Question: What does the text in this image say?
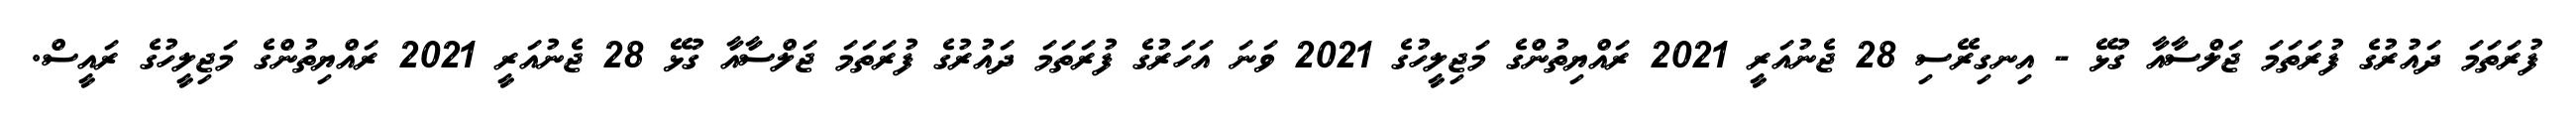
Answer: ފުރަތަމަ ދައުރުގެ ފުރަތަމަ ޖަލްސާއާ ގުޅޭ - އިނގިރޭސި 28 ޖެނުއަރީ 2021 ރައްޔިތުންގެ މަޖިލީހުގެ 2021 ވަނަ އަހަރުގެ ފުރަތަމަ ދައުރުގެ ފުރަތަމަ ޖަލްސާއާ ގުޅޭ 28 ޖެނުއަރީ 2021 ރައްޔިތުންގެ މަޖިލީހުގެ ރައީސް.